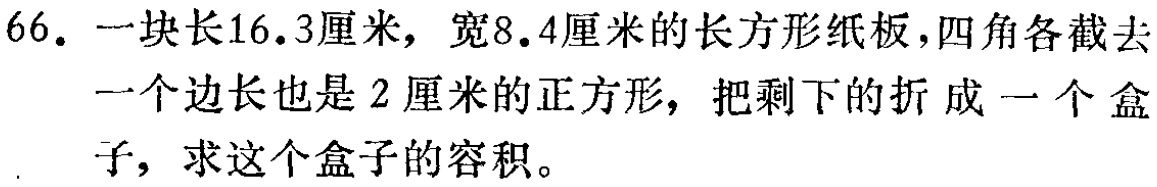
66. 一块长$16.3$厘米，宽$8.4$厘米的长方形纸板，四角各截去一个边长也是$2$厘米的正方形，把剩下的折成一个盒子，求这个盒子的容积。